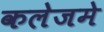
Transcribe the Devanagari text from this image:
कलेजमे